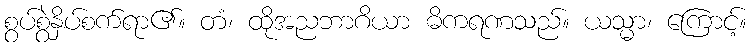
စွပ်စွဲနှိပ်စက်ရာ၏။ တံ၊ ထိုအညဘာဂိယာ ဓိကရဏသည်။ ယသ္မာ၊ ကြောင့်။